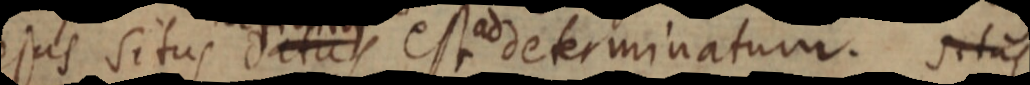
ejus situs datus est ad determinatum. Situs